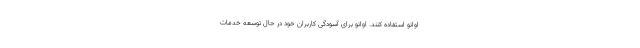
اوانو استفاده کنند. اوانو برای آسودگی کاربران خود در حال توسعه خدمات